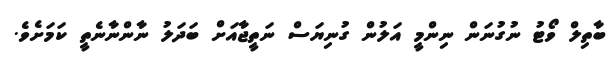
ބާތިލް ވޯޓު ނުގުނަން ނިންމީ އަލުން ގުނިޔަސް ނަތީޖާއަށް ބަދަލު ނާންނާނެތީ ކަމަށެވެ.